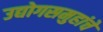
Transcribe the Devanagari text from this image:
उद्योगसमुहांचे